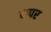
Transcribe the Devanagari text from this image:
कपर